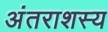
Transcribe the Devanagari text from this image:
अंतराशस्य